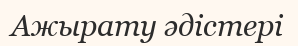
Ажырату әдістері